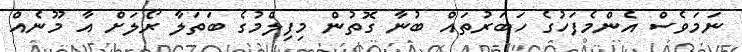
ނަމަވެސް އެންމެފަހުގެ ހަބަރުތައް ބުނާ ގޮތުން މިފިލްމުގެ ބަތަލާ ރޯލަށް އާ މޫނެއް